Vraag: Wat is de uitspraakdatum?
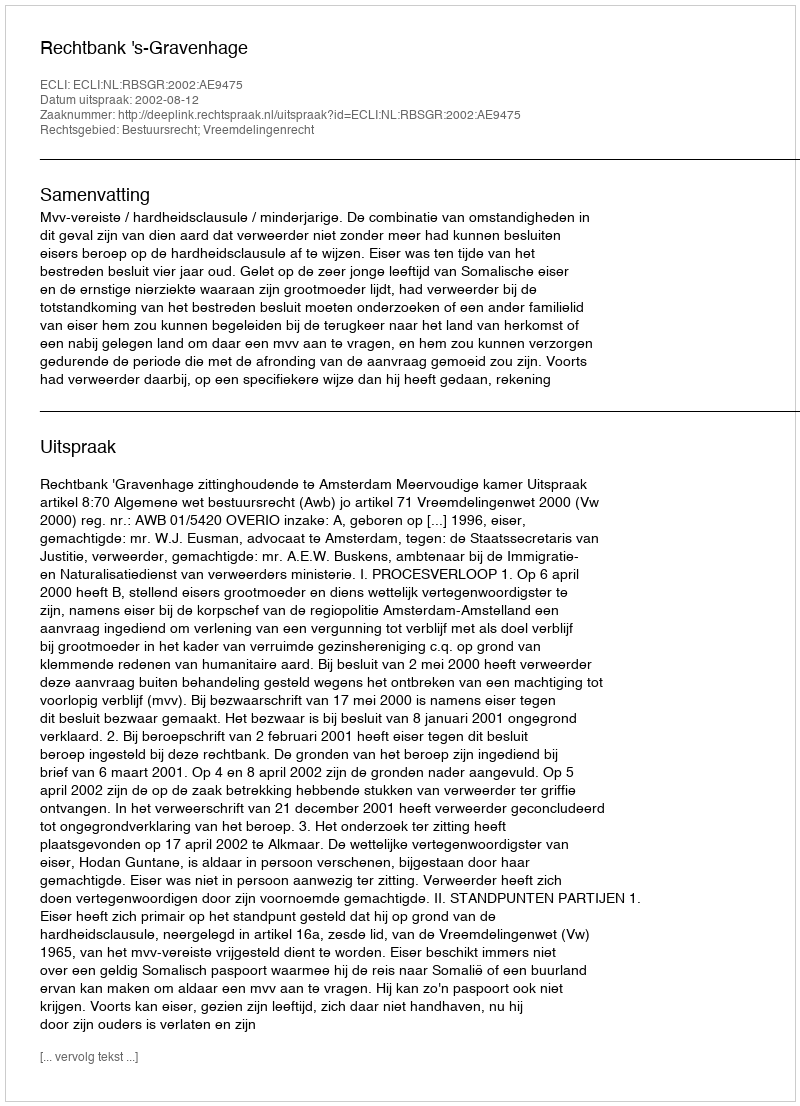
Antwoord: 2002-08-12